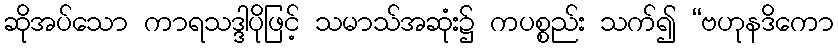
ဆိုအပ်သော ကာရသဒ္ဒါပိုဖြင့် သမာသ်အဆုံး၌ ကပစ္စည်း သက်၍ “ဗဟုနဒိကော